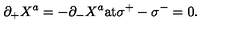
\partial _ { + } X ^ { a } = - \partial _ { - } X ^ { a } \mathrm { a t } \sigma ^ { + } - \sigma ^ { - } = 0 .